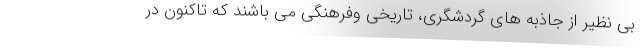
بی نظیر از جاذبه های گردشگری، تاریخی وفرهنگی می باشند که تاکنون در